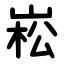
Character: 崧